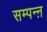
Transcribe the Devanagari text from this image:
सम्पन्ऩ